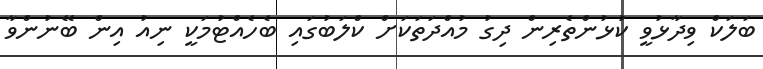
ބަލަކް ވިދާޅުވީ ކުޅުންތެރިން ދިގު މުއްދަތަކަށް ކްލަބުގައި ބެހެއްޓުމަކީ ނިއު އިން ބޭނުންވާ